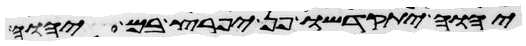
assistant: יהוה יתקדשו פן יפרץ בם יהוה